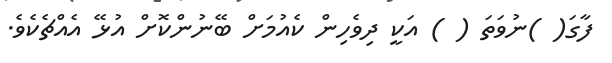
ފާގަ( )ނުވަތަ ( ) އަކީ ދިވެހިން ކެއުމަށް ބޭނުންކޮށް އުޅޭ އެއްޗެކެވެ.